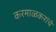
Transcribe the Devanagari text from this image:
करमाळकरांचे